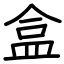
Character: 盒